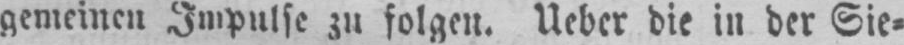
gemeinen Impulse zu folgen. Ueber die in der Sie⸗